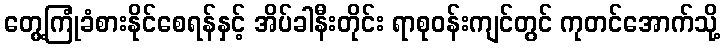
တွေ့ကြုံခံစားနိုင်စေရန်နှင့် အိပ်ခါနီးတိုင်း ရာစုဝန်းကျင်တွင် ကုတင်အောက်သို့